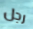
رجل